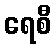
ရေစီ